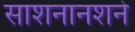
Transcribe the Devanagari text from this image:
साशनानशने